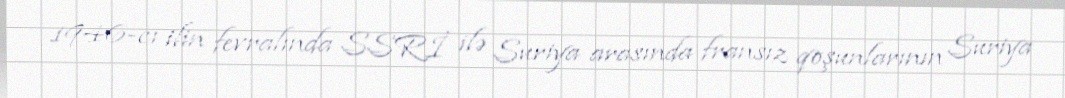
1946-cı ilin fevralında SSRİ ilə Suriya arasında fransız qoşunlarının Suriya